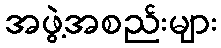
အဖွဲ့အစည်းများ